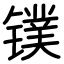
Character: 镤